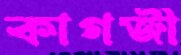
কাগজী